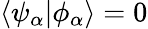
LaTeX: \langle\psi_{\alpha}\vert\phi_{\alpha}\rangle=0